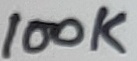
Text: 100K